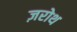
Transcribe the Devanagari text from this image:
ज़रोथ